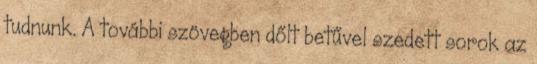
tudnunk. A további szövegben dőlt betűvel szedett sorok az